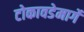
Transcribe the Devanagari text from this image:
टोकावडेमार्गे